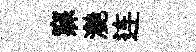
寐灔连